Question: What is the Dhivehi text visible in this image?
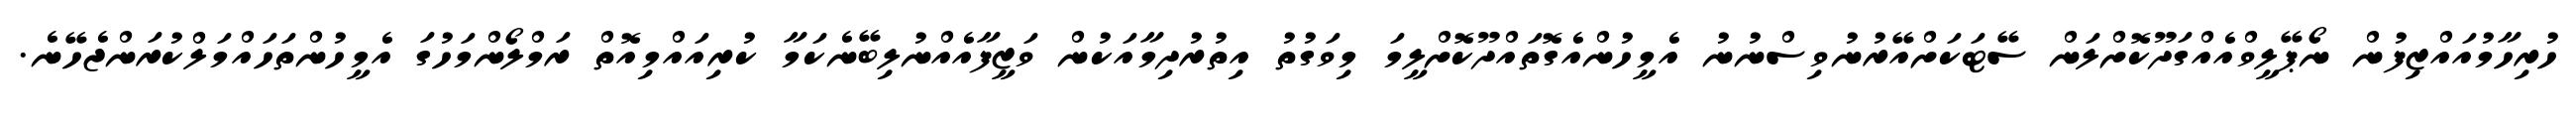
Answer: ހުރިހާމުއައްޒިފުން ނޯޕޭލީވްއެއްގަދޫކޮށްލަން ސޭޓަކަށްއޭރުނުވިސްނުނު އެމީހުންއެގޮތައްދޫކޮށްލީމަ މިވަގުތު އިތުރުދިމާއަކުން ވަޒީފާއެއްނުލިބޭނެކަމާ ކުރިއައްމިއޮތް ރަމްލޯންމަހުގަ އެމީހުންތަހައްމަލްކުރަންޖެހޭނެ.